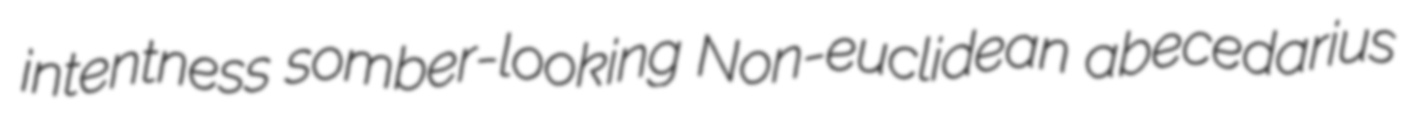
intentness somber-looking Non-euclidean abecedarius